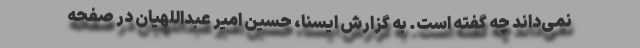
نمی‌داند چه گفته است. به گزارش ایسنا، حسین امیر عبداللهیان در صفحه